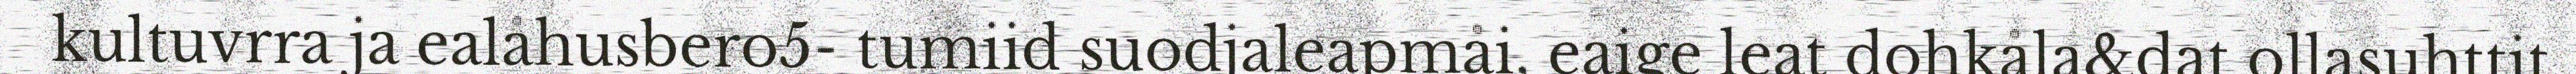
kultuvrra ja ealåhusbero5- tumiid suodjaleapmåi, eaige leat dohkåla&dat ollasuhttit